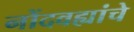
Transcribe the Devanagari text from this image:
नोंदवह्यांचे